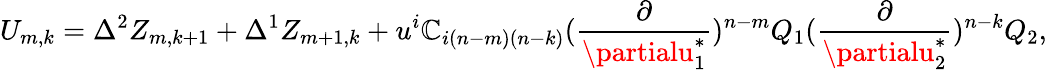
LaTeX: U_{m,k}=\Delta^{2}Z_{m,k+1}+\Delta^{1}Z_{m+1,k}+u^{i}\mathbb{C}_{i(n-m)(n-k)}({\frac{{\partial}}{{\partialu_{1}^{*}}}})^{n-m}Q_{1}({\frac{{\partial}}{{\partialu_{2}^{*}}}})^{n-k}Q_{2},